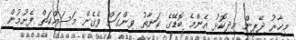
މިހާރު ޖޭޕީން އިދިކޮޅު އެންމެ ބޮޑޭގެ ކަނާތު ވިންގަށް ވެގެން މަސައްކަތް ފެށުމުން